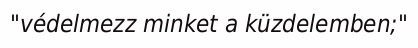
"védelmezz minket a küzdelemben;"